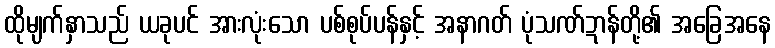
ထိုမျက်နှာသည် ယခုပင် အားလုံးသော ပစ်စုပ်ပန်နှင့် အနာဂတ် ပုံသဏ်ဍာန်တို့၏ အခြေအနေ